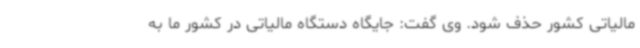
مالیاتی کشور حذف شود. وی گفت: جایگاه دستگاه مالیاتی در کشور ما به